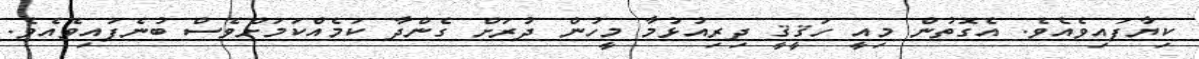
ކިޔާފައިވެއެވެ. އެގޮތުން މިއީ ހަޤީޤީ ދިރިއުޅުމާ މީހުން ދުރަށް ގެންދާ ކަމެއްކަމަށްވެސް ބުނެފައިވެއެވެ.